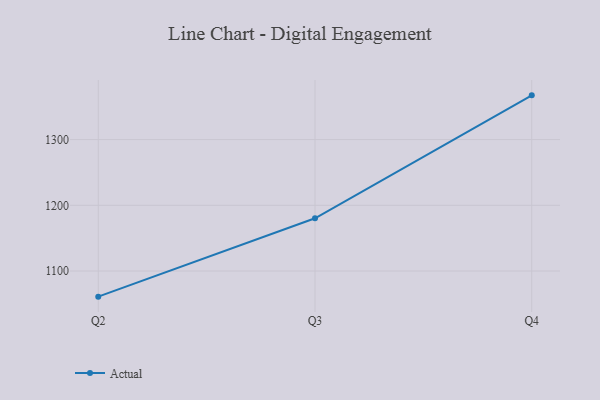
{"axis": {"x": "Quarter", "y": "Website Visitors"}, "legend": ["Actual"], "data": [{"x": "Q2", "y": 1061.0, "type": "Actual"}, {"x": "Q3", "y": 1180.2, "type": "Actual"}, {"x": "Q4", "y": 1367.3, "type": "Actual"}]}